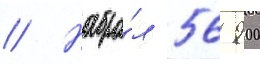
// Набра́л 56 900